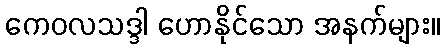
ကေဝလသဒ္ဒါ ဟောနိုင်သော အနက်များ။